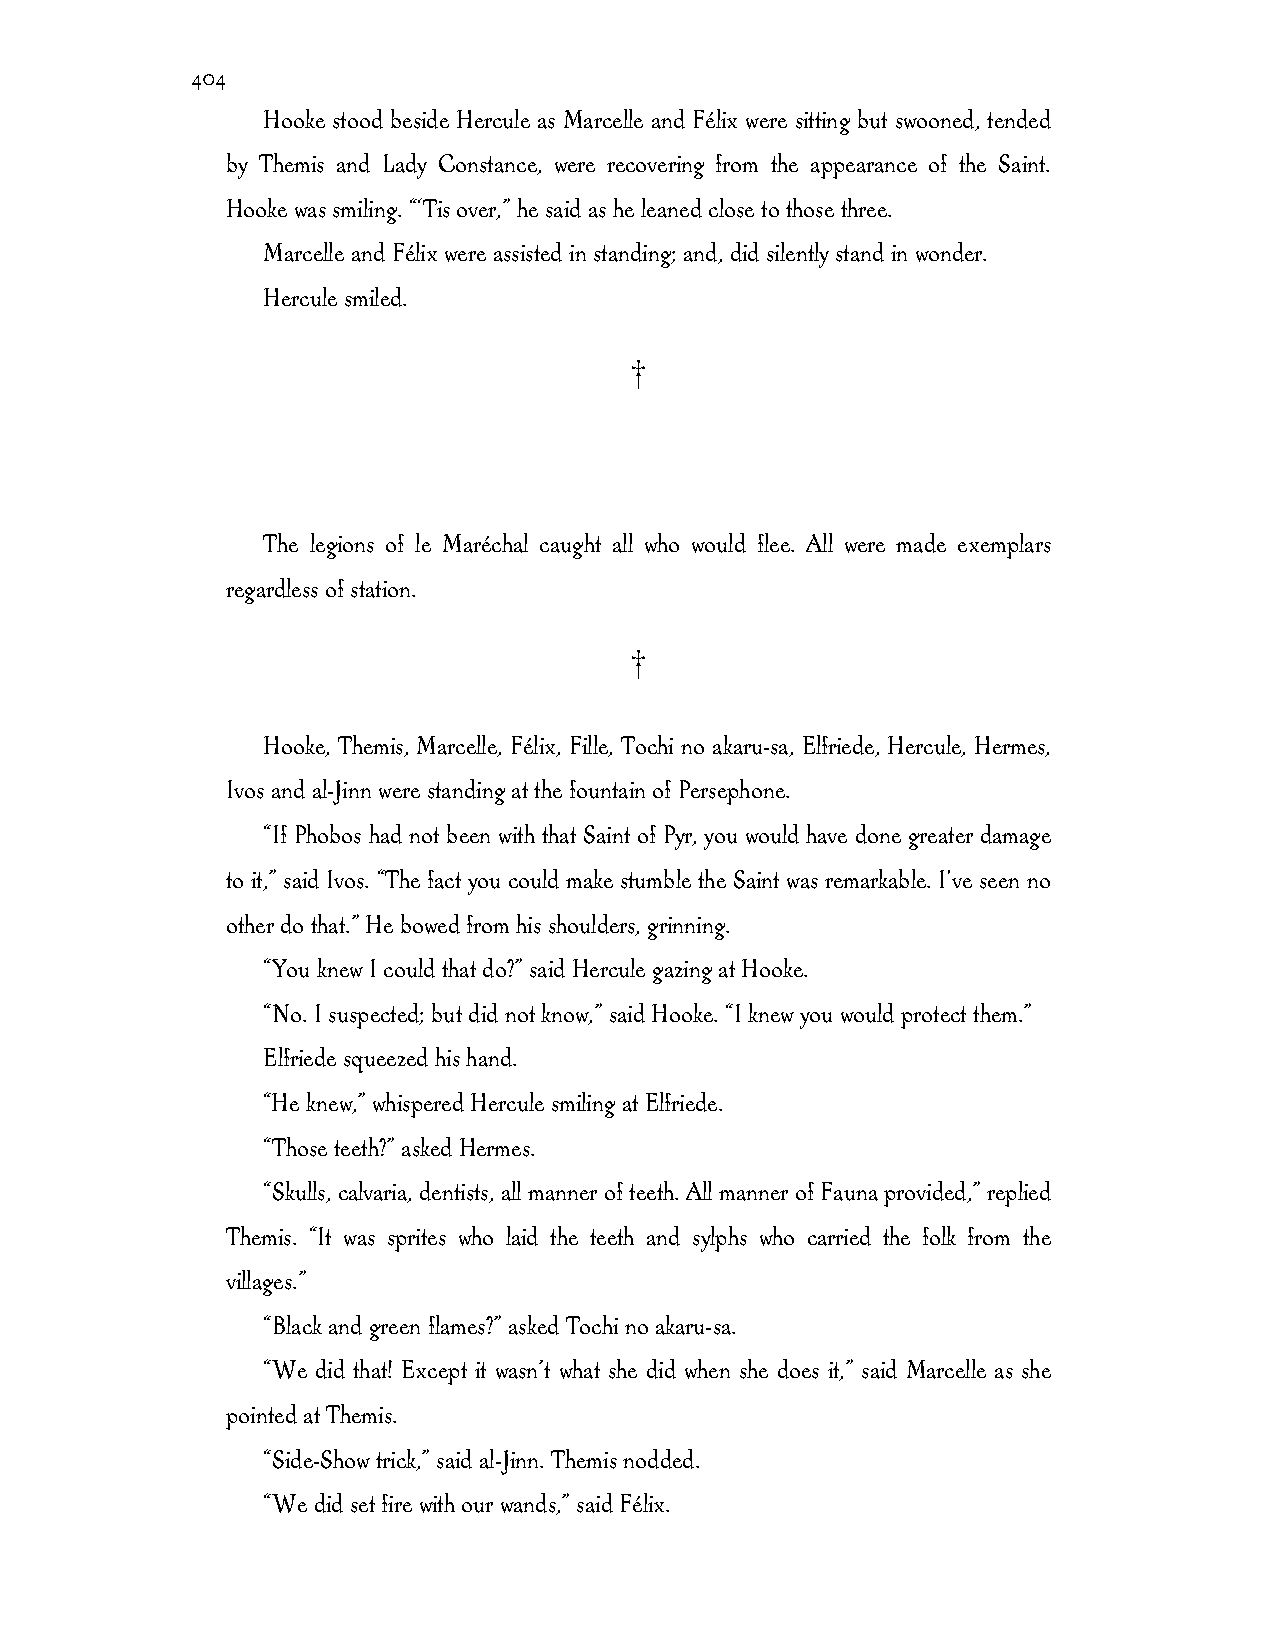
404
 Hooke stood beside Hercule as Marcelle and Félix were sitting but swooned, tended
 by Themis and Lady Constance, were recovering from the appearance of the Saint.
 Hooke was smiling. “‘Tis over,” he said as he leaned close to those three.
 Marcelle and Félix were assisted in standing; and, did silently stand in wonder.
 Hercule smiled.
 †
 The legions of le Maréchal caught all who would flee. All were made exemplars
 regardless of station.
 †
 Hooke, Themis, Marcelle, Félix, Fille, Tochi no akaru-sa, Elfriede, Hercule, Hermes,
 Ivos and al-Jinn were standing at the fountain of Persephone.
 “If Phobos had not been with that Saint of Pyr, you would have done greater damage
 to it,” said Ivos. “The fact you could make stumble the Saint was remarkable. I've seen no
 other do that.” He bowed from his shoulders, grinning.
 “You knew I could that do?” said Hercule gazing at Hooke.
 “No. I suspected; but did not know,” said Hooke. “I knew you would protect them.”
 Elfriede squeezed his hand.
 “He knew,” whispered Hercule smiling at Elfriede.
 “Those teeth?” asked Hermes.
 “Skulls, calvaria, dentists, all manner of teeth. All manner of Fauna provided,” replied
 Themis. “It was sprites who laid the teeth and sylphs who carried the folk from the
 villages.”
 “Black and green flames?” asked Tochi no akaru-sa.
 “We did that! Except it wasn’t what she did when she does it,” said Marcelle as she
 pointed at Themis.
 “Side-Show trick,” said al-Jinn. Themis nodded.
 “We did set fire with our wands,” said Félix.